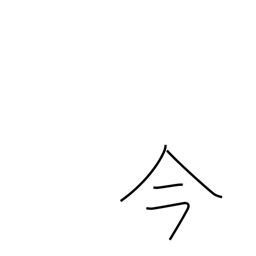
Meaning: now